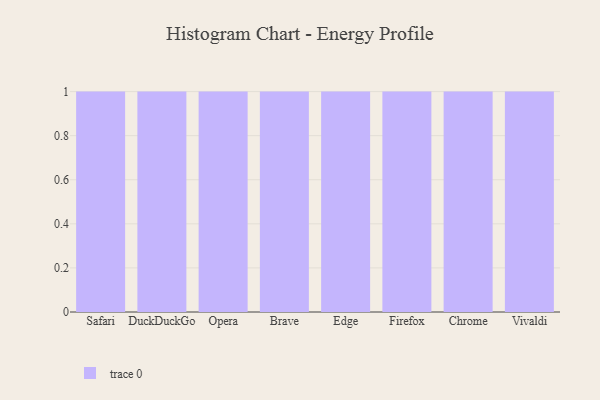
{"axis": {"x": "Browser", "y": "Production Output"}, "legend": [""], "data": [{"x": "Safari", "y": 56, "type": ""}, {"x": "DuckDuckGo", "y": 7, "type": ""}, {"x": "Opera", "y": 78, "type": ""}, {"x": "Brave", "y": 17, "type": ""}, {"x": "Edge", "y": 77, "type": ""}, {"x": "Firefox", "y": 16, "type": ""}, {"x": "Chrome", "y": 60, "type": ""}, {"x": "Vivaldi", "y": 59, "type": ""}]}